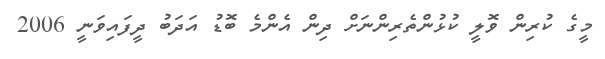
މީގެ ކުރިން ވޮލީ ކުޅުންތެރިންނަށް ދިން އެންމެ ބޮޑު އަދަބު ދީފައިވަނީ 2006